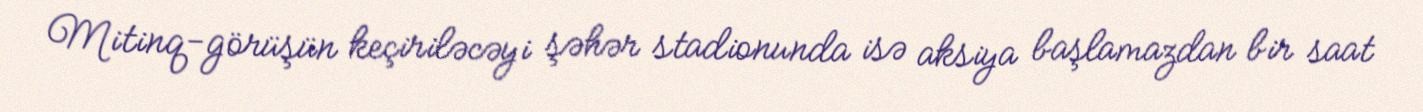
Mitinq-görüşün keçiriləcəyi şəhər stadionunda isə aksiya başlamazdan bir saat